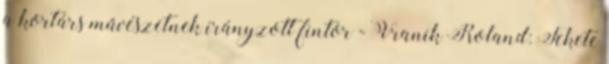
a kortárs művészetnek irányzott fintor - Vranik Roland: Fekete